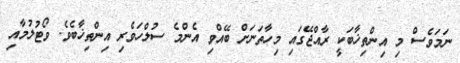
ނަމަވެސް މި އިންތިޚާބަކީ ރާއްޖޭގައި މިހާތަނަށް ބޭއްވި އެންމެ ސުލްހަވެރި އިންތިޚާބެވެ. ވޯޓުލުމާއި